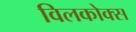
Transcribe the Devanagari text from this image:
विलकोक्स